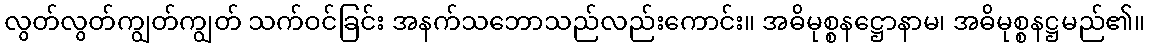
လွတ်လွတ်ကျွတ်ကျွတ် သက်ဝင်ခြင်း အနက်သဘောသည်လည်းကောင်း။ အဓိမုစ္စနဋ္ဌောနာမ၊ အဓိမုစ္စနဋ္ဌမည်၏။